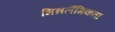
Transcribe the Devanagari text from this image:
भिन्नलैंगिकता